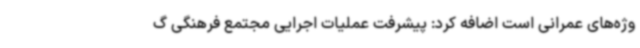
وژه‌های عمرانی است اضافه کرد: پیشرفت عملیات اجرایی مجتمع فرهنگی گ